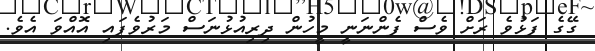
ގޭގެ ފަޅުވެ ރަށް ވެސް ފެންނަނީ މީހުން ދިރިއުޅުނަސް މަރުވެފައި އޮއްވަ އެވެ.